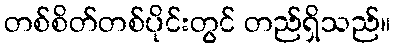
တစ်စိတ်တစ်ပိုင်းတွင် တည်ရှိသည်။